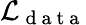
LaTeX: \mathcal{L}_{\mathrm{~d~a~t~a~}}